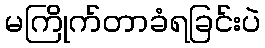
မကြိုက်တာခံရခြင်းပဲ